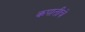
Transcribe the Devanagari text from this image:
कपातीचे